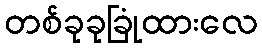
တစ်ခုခုခြုံထားလေ